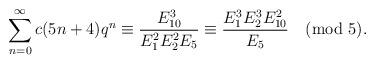
LaTeX: \begin{align*}\sum_{n=0}^{\infty}c(5n+4)q^{n} &\equiv\dfrac{E_{10}^{3}}{E_{1}^2E_{2}^2E_{5}}\equiv\dfrac{E_{1}^{3}E_{2}^{3}E_{10}^{2}}{E_{5}}\pmod{5}.\end{align*}